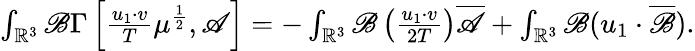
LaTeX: \begin{array}{r}{\int_{\mathbb{R}^{3}}\mathscr{B}\Gamma\left[\frac{u_{1}\cdot v}{T}\mu^{\frac{1}{2}},\mathscr{A}\right]=-\int_{\mathbb{R}^{3}}\mathscr{B}\left(\frac{u_{1}\cdot v}{2T}\right)\overline{{\mathscr{A}}}+\int_{\mathbb{R}^{3}}\mathscr{B}(u_{1}\cdot\overline{\mathscr{B}}).}\end{array}